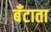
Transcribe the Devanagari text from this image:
बँटाता